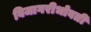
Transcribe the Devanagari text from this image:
बिजागरीभोवती